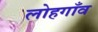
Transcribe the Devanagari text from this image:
लोहगाँव